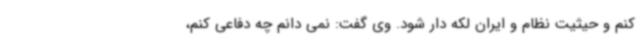
کنم و حیثیت نظام و ایران لکه دار شود. وی گفت: نمی دانم چه دفاعی کنم،